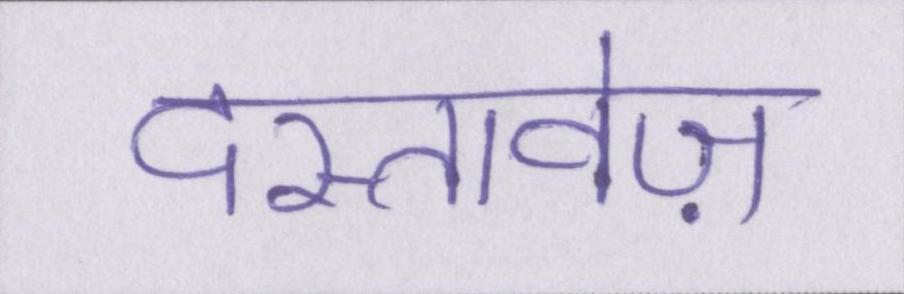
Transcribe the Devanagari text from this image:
दस्तावेज़